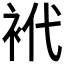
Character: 𰳴